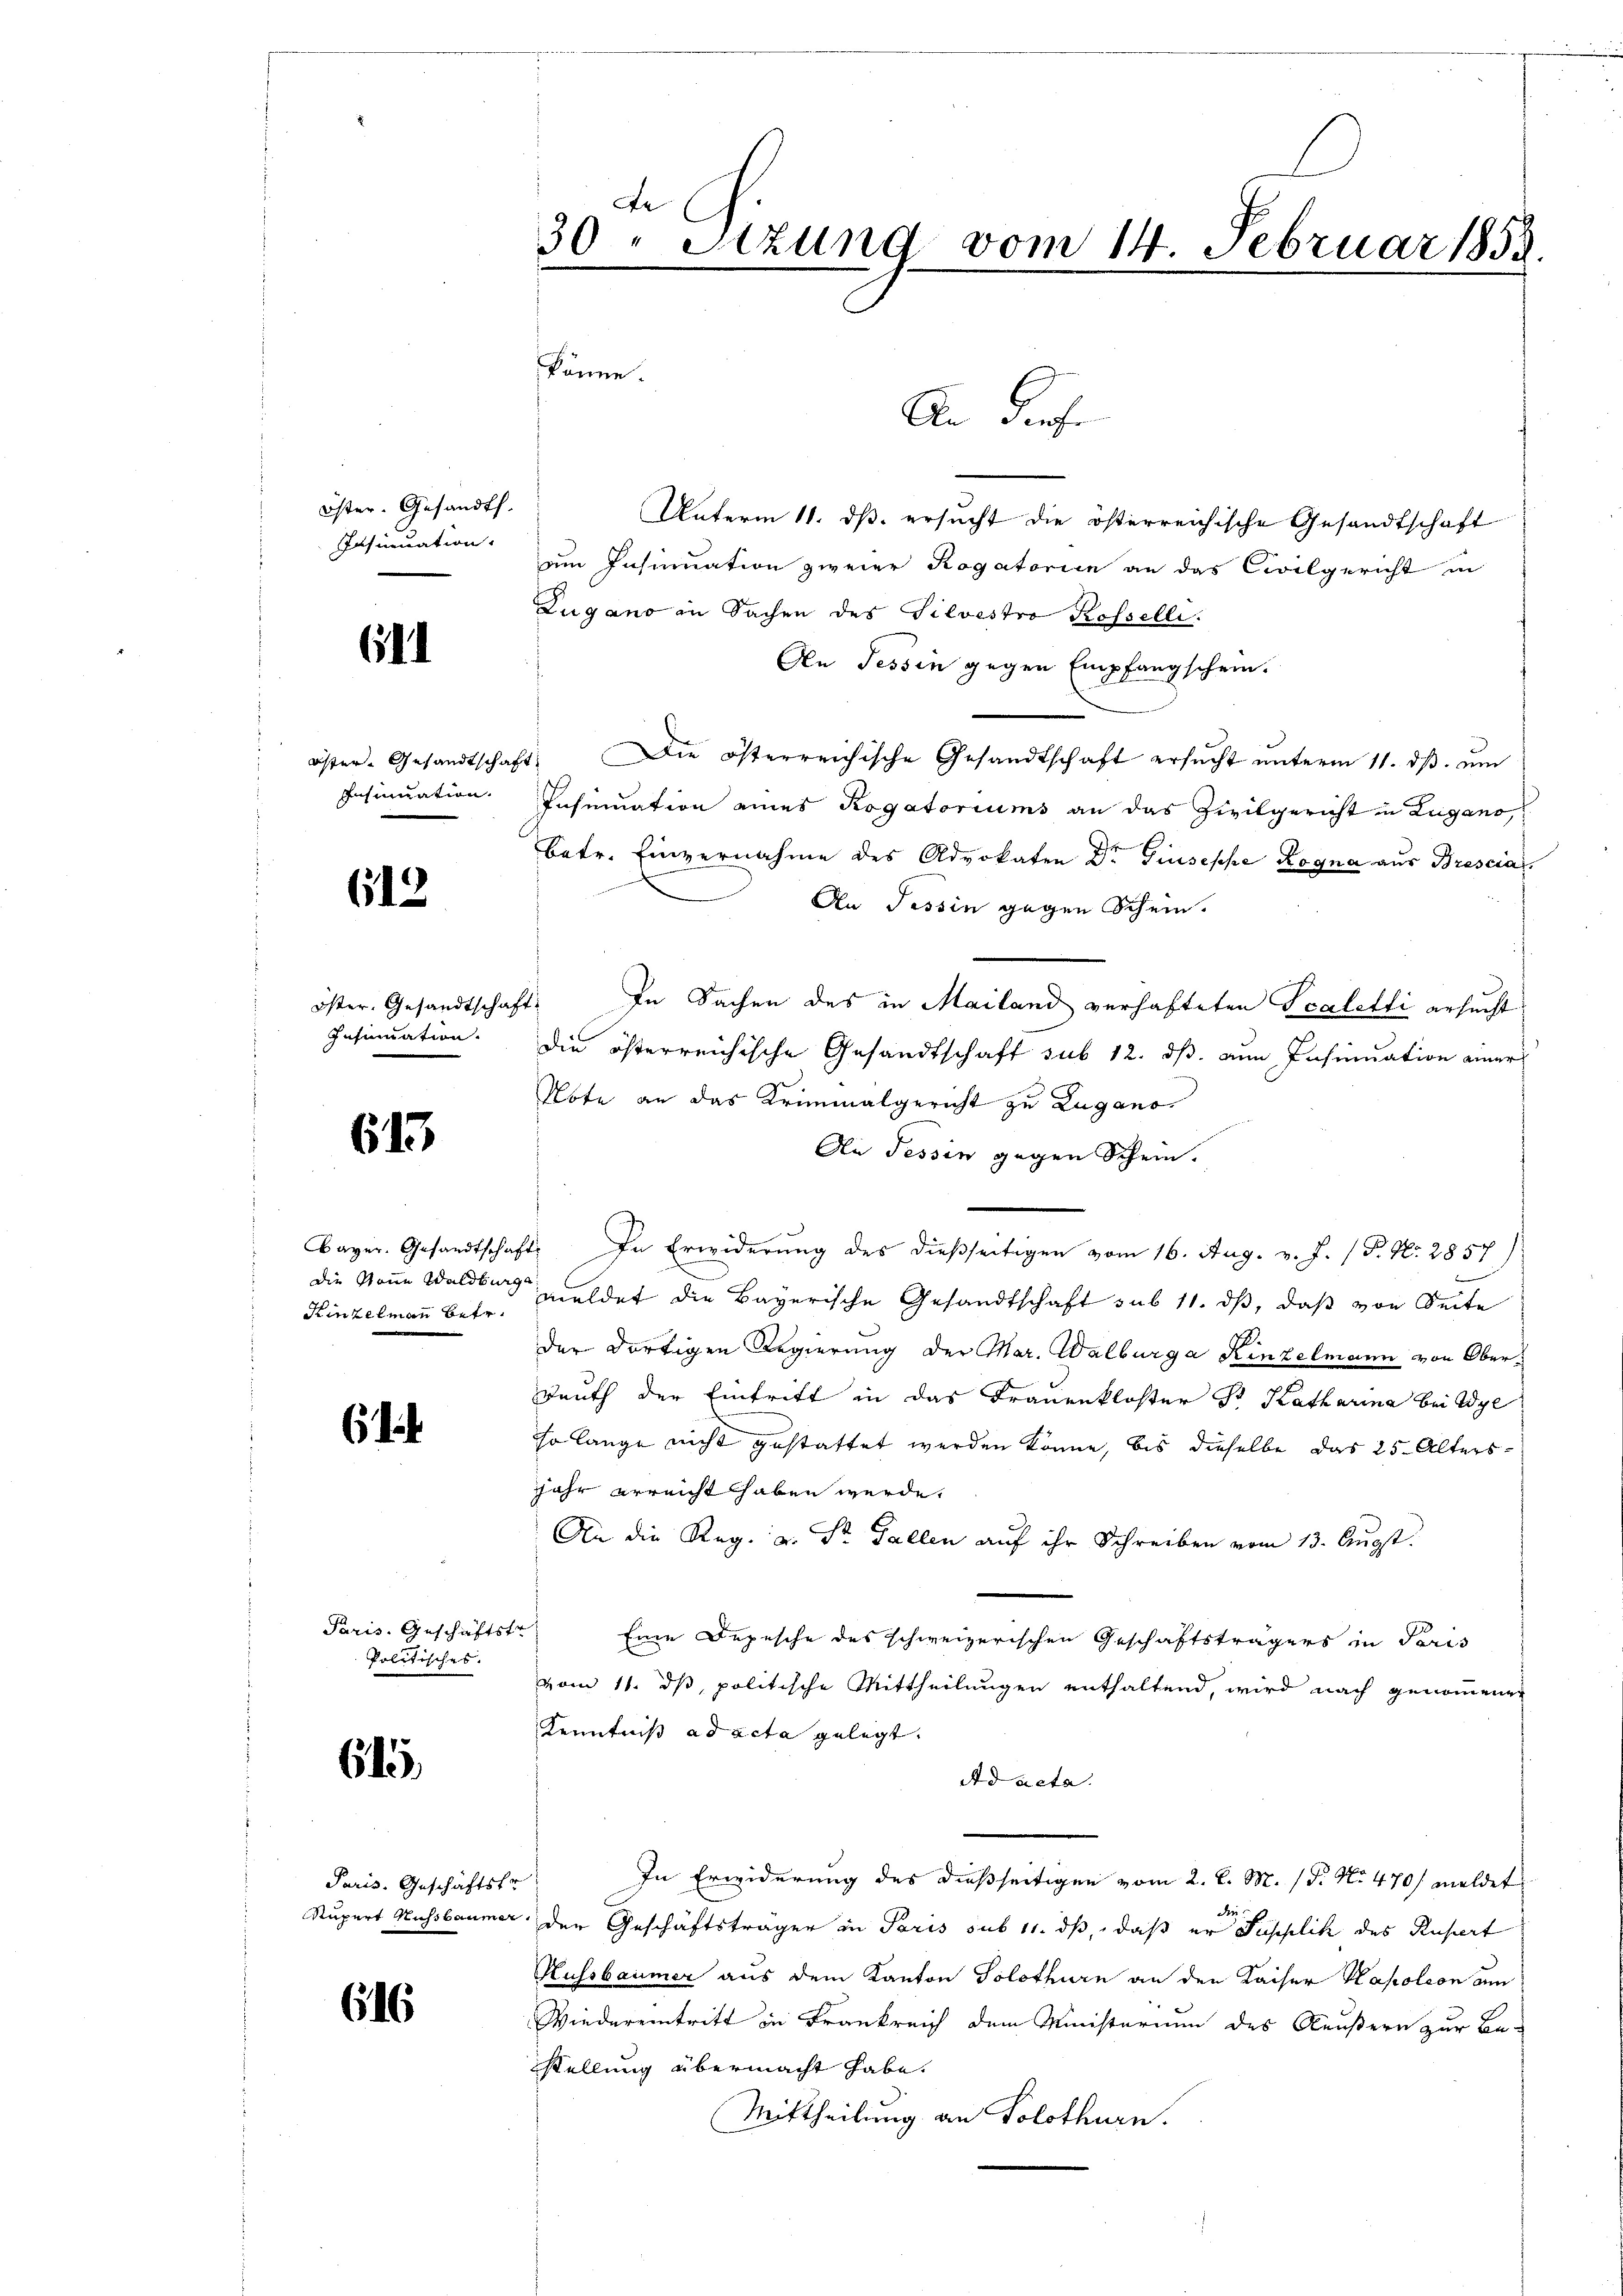
Öster- Gesandt.
Insinuation.

611

Insinuation.

612

Insinuation.

613

Die Neue Waldburge

6

Paris. Geschäftste
Politisches.

615

Paris. Geschäftstr

616

de
30. Sitzung vom 14. Februar 1858.
könne.

Unterm 11. ds. ersucht die österreichische Gesandtschaft
um Insinuation zweier Rogatorien an das Civilgericht in
Lugano in Sachen des Silvestro Rosselli.
An Tessin gegen Empfangschein.
öster. Gesandtschaft. Die österreichische Gesandtschaft ersŭcht ŭnterm 11. dβ. ŭm
Insinuation eines Rogatoriums an das Zivilgericht in Lugano,
betr. Einvernahme des Advokaten Dr. Giuseppe Rogna aus Brescia
An Tessin gegen Schein.
Öster. Gesandtschaft. In Sachen des in Mailand verhafteten Scalatti ersucht
die österreichische Gesandtschaft sub 12. ds. an Insinuation einer
Note an das Kriminalgericht zu Lugano
An Tessin gegen Schein.
Bayer. Gesandtschaft. In Erwiderung des dießseitigen vom 16. Aug. v. J. (T. No. 2857)
Kinzelmann betr. meldet die Bayerische Gesandtschaft sub 11. dβ, daß von Seite
der dortigen Regierung der Mar. Walburga Kinzelmann von Ober¬
Dauth der Eintritt in das Frauenkloster Sr. Katharina bei Wye
so lange nicht gestattet werden könne, bis dieselbe das 25. Alters
jahr erreicht haben werde,
An die Reg. a. St. Gallen auf ihr Schreiben vom 13. Augst.
Eine Depesche des schweizerischen Geschäftsträgers in Paris
vom 11. ds, politische Mittheilungen enthaltend, wird nach genommenen
Kenntniß ad acta gelegt.
Ad acta.
In Erwiderung des dießseitigen vom 2. d. M. (T. No 470/ meldet

Supert Nussbaumer den Geschäftsträger in Paris sub 11. ds, daß er Supplik des Rusiert
Hussbaumer aus dem Kanton Solothurn an den Kaiser Napoleon an
Wiedereintritt in Frankreich dem Ministerium des Aeußern zur Be-
stellung übermacht habe.
Mittheilung an Solothurn.

An diese